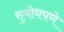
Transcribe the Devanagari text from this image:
सुबोधपणे